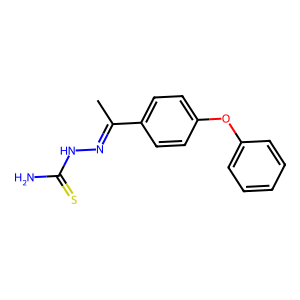
SMILES: CC(=NNC(N)=S)c1ccc(Oc2ccccc2)cc1
Inhibits HIV replication: No